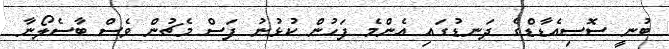
ބުނީ ސޮސިއެޑާޑްގެ ދަނޑުގައި އެންމެ ފަހުން ކުޅުނު ފަސް މެޗުން ވެސް ބާސެލޯނާ